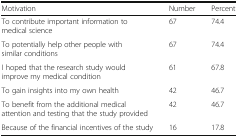
<table><thead><tr><td><b>Motivation</b></td><td><b>Number</b></td><td><b>Percent</b></td></tr></thead><tbody><tr><td>To contribute important information to medical science</td><td>67</td><td>74.4</td></tr><tr><td>To potentially help other people with similar conditions</td><td>67</td><td>74.4</td></tr><tr><td>I hoped that the research study would improve my medical condition</td><td>61</td><td>67.8</td></tr><tr><td>To gain insights into my own health</td><td>42</td><td>46.7</td></tr><tr><td>To benefit from the additional medical attention and testing that the study provided</td><td>42</td><td>46.7</td></tr><tr><td>Because of the financial incentives of the study</td><td>16</td><td>17.8</td></tr></tbody></table>